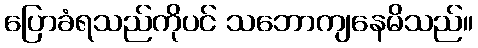
ပြောခံရသည်ကိုပင် သဘောကျနေမိသည်။